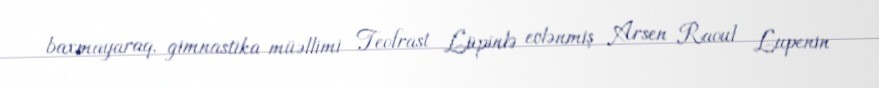
baxmayaraq, gimnastika müəllimi Teofrast Lüpinlə evlənmiş Arsen Raoul Lupenin